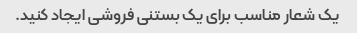
یک شعار مناسب برای یک بستنی فروشی ایجاد کنید.